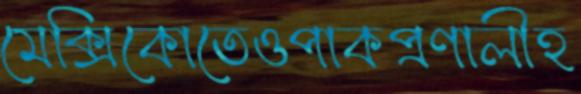
মেক্সিকোতেওপাকপ্রণালীহ